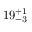
1 9 _ { - 3 } ^ { + 1 }